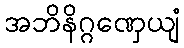
အဘိနိဂ္ဂဏှေယျံ